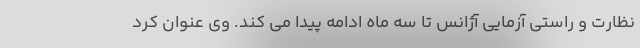
نظارت و راستی آزمایی آژانس تا سه ماه ادامه پیدا می کند. وی عنوان کرد